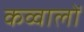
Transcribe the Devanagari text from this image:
कव्वालों